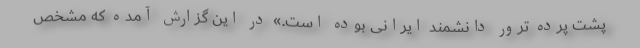
پشت پرده ترور دانشمند ایرانی بوده است.» در این گزارش آمده که مشخص